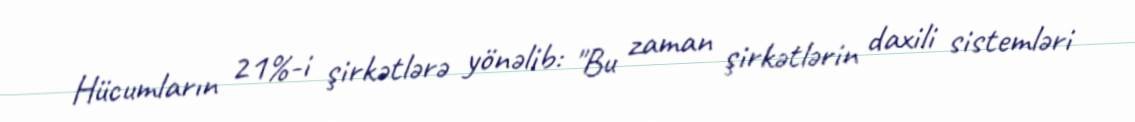
Hücumların 21%-i şirkətlərə yönəlib: "Bu zaman şirkətlərin daxili sistemləri